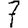
Digit: 7